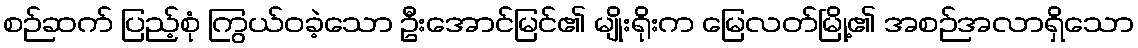
စဉ်ဆက် ပြည့်စုံ ကြွယ်ဝခဲ့သော ဦးအောင်မြင်၏ မျိုးရိုးက မြေလတ်မြို့၏ အစဉ်အလာရှိသော